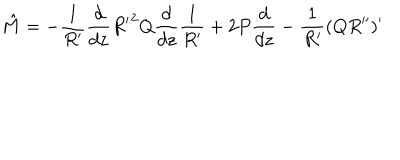
LaTeX: { \hat { M } } = - \frac { 1 } { R ^ { \prime } } \frac { d } { d z } { R ^ { \prime } } ^ { 2 } Q \frac { d } { d z } \frac { 1 } { R ^ { \prime } } + 2 P \frac { d } { d z } - \frac { 1 } { R ^ { \prime } } ( Q R ^ { \prime \prime } ) ^ { \prime }